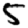
Digit: 5